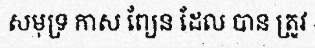
សមុទ្រ កាស ព្យែន ដែល បាន ត្រូវ